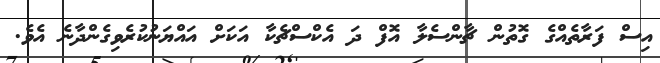
އިސް ފަރާތެއްގެ ގޮތުން ޗާންސެލާ އޮފް ދަ އެކްސްޗެކާ އަކަށް އައްޔަނުކުރެވިގެންދާނެ އެވެ.